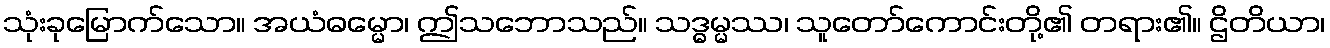
သုံးခုမြောက်သော။ အယံဓမ္မော၊ ဤသဘောသည်။ သဒ္ဓမ္မဿ၊ သူတော်ကောင်းတို့၏ တရား၏။ ဌိတိယာ၊